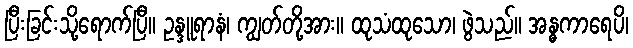
ပြီးခြင်းသို့ရောက်ပြီ။ ဥန္ဒူရာနံ၊ ကျွတ်တို့အား။ ထုသံထုသော၊ ဖွဲသည်။ အန္ဓကာရေပိ၊